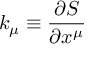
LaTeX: k _ { \mu } { } \equiv { } \displaystyle \frac { \partial { \cal S } } { \partial x ^ { \mu } }